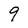
Character: 9